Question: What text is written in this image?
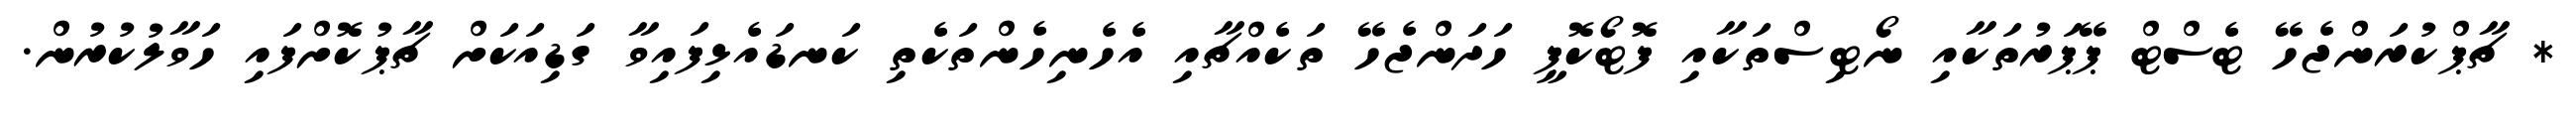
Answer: * ޗާޕްކުރަންޖެހޭ ޓެސްޓް ޕޭޕަރުތަކާއި ނޯޓިސްތަކާއި ފޮޓޯކޮޕީ ހަދަންޖެހޭ ތަކެއްޗާއި އެހެނިހެންތަކެތި ކަނޑައެޅިފައިވާ ގަޑިއަކަށް ޗާޕުކޮށްފައި ހަވާލުކުރުން.